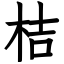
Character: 桔